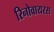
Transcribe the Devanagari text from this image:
रिनोवायरस